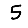
Digit: 5